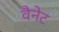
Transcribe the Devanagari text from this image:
वैनेट